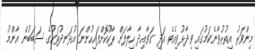
މިންވަރު އިތުރުވާނެކަމުގައި ވިދާޅުވިއެވެ. އަދި ގަވާއިދާ ހިލާފަށް ޕާކުކޮށްފައިހުންނަ އުޅަނދުތަކުގެ ސަބަބުން އާންމު